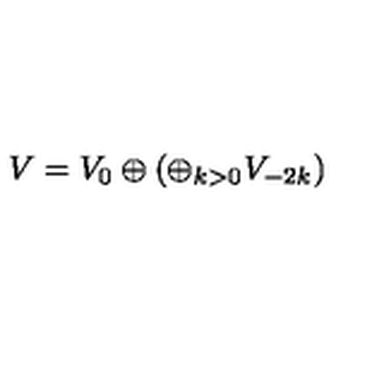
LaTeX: V = V _ { 0 } \oplus \left( \oplus _ { k > 0 } V _ { - 2 k } \right)